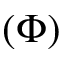
( \Phi )